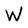
Character: w